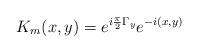
LaTeX: \begin{align*}K_{m}(x,y)=e^{ i\frac{\pi}{2}\Gamma_{y}}e^{-i(x,y)}\end{align*}